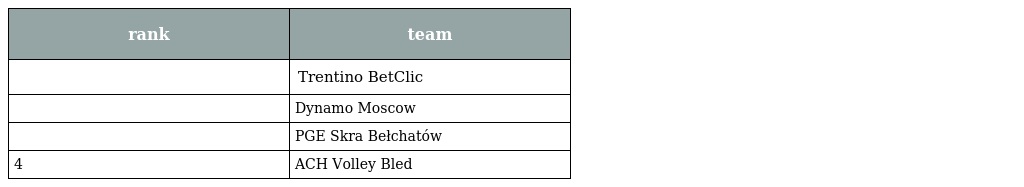
| rank | team |
 | --- | --- |
 |  | Trentino BetClic |
 |  | Dynamo Moscow |
 |  | PGE Skra Bełchatów |
 | 4 | ACH Volley Bled |